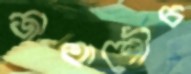
জাতাশৌচ